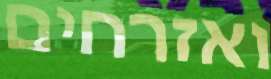
ואזרחים